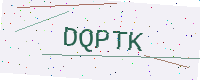
Text: DQPTK